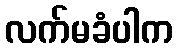
လက်မခံပါက